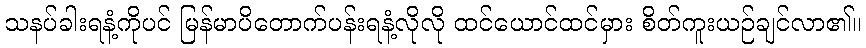
သနပ်ခါးရနံ့ကိုပင် မြန်မာပိတောက်ပန်းရနံ့လိုလို ထင်ယောင်ထင်မှား စိတ်ကူးယဉ်ချင်လာ၏။